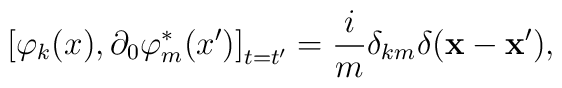
\left[ \varphi_k(x),\partial_0 \varphi _{m}^{*}(x^{\prime})\right] _{t=t^{\prime }}=\frac{i}{m}\delta _{km}\delta(\mathbf{x}-\mathbf{x}^{\prime }) ,